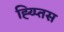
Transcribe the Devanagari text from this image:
ह्य्प्तिस